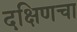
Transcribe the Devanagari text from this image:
दक्षिणचा